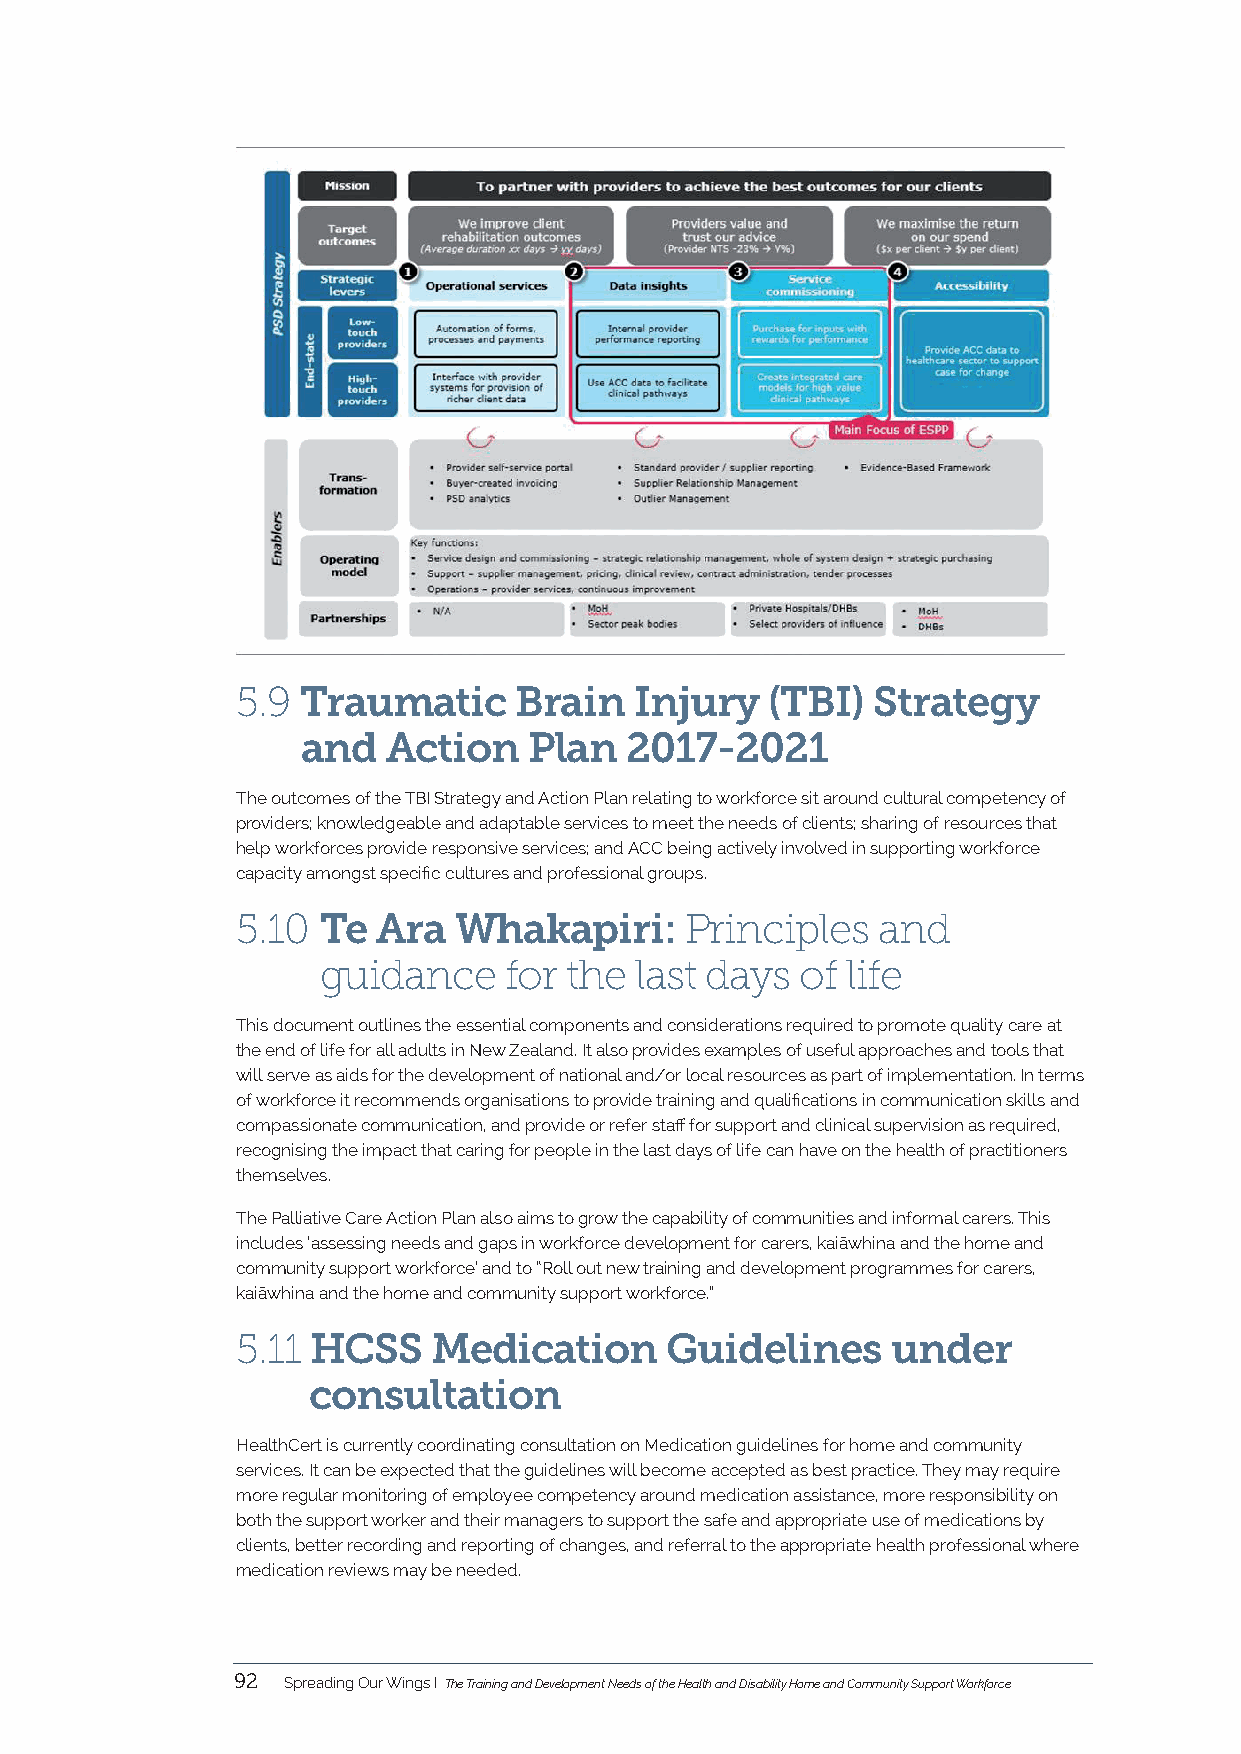
5.9 Traumatic     Brain   Injury   (TBI)  Strategy
 and   Action   Plan  2017-2021
 The outcomes of the TBI Strategy and Action Plan relating to workforce sit around cultural competency of
 providers; knowledgeable and adaptable services to meet the needs of clients; sharing of resources that
 help workforces provide responsive services; and ACC being actively involved in supporting workforce
 capacity amongst specific cultures and professional groups.
 5.10 Te  Ara  Whakapiri:     Principles   and
 guidance    for the  last days  of life
 This document outlines the essential components and considerations required to promote quality care at
 the end of life for all adults in New Zealand. It also provides examples of useful approaches and tools that
 will serve as aids for the development of national and/or local resources as part of implementation. In terms
 of workforce it recommends organisations to provide training and qualifications in communication skills and
 compassionate communication, and provide or refer staff for support and clinical supervision as required,
 recognising the impact that caring for people in the last days of life can have on the health of practitioners
 themselves.
 The Palliative Care Action Plan also aims to grow the capability of communities and informal carers. This
 includes ‘assessing needs and gaps in workforce development for carers, kaiāwhina and the home and
 community support workforce’ and to “Roll out new training and development programmes for carers,
 kaiāwhina and the home and community support workforce.”
 5.11 HCSS    Medication     Guidelines     under
 consultation
 HealthCert is currently coordinating consultation on Medication guidelines for home and community
 services. It can be expected that the guidelines will become accepted as best practice. They may require
 more regular monitoring of employee competency around medication assistance, more responsibility on
 both the support worker and their managers to support the safe and appropriate use of medications by
 clients, better recording and reporting of changes, and referral to the appropriate health professional where
 medication reviews may be needed.
 92  Spreading Our Wings I The Training and Development Needs of the Health and Disability Home and Community Support Workforce